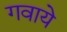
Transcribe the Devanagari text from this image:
गवाये